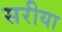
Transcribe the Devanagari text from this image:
सरीया